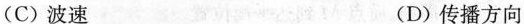
(C)波速 (D)传播方向